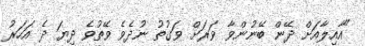
"އާއިލާއަށް ދޭން ބޭނުންވާ ވަރަށް ވަގުތު ނުދެވެ ވޭތުވެ ދިޔަ ދެ އަހަރު